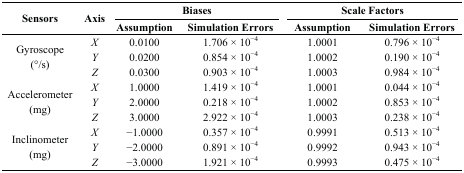
| <ROWSPAN=3> Sensors | <ROWSPAN=3> Axis | <COLSPAN=2> Biases | <COLSPAN=2> Scale Factors |
 | Assumption | Simulation Errors | Assumption | Simulation Errors |
 | --- | --- | --- | --- | --- | --- |
 | <ROWSPAN=3> Gyroscope (°/s) | X | 0.0100 | 1.706 × 10−4 | 1.0001 | 0.796 × 10−4 |
 | Y | 0.0200 | 0.854 × 10−4 | 1.0002 | 0.190 × 10−4 |
 | Z | 0.0300 | 0.903 × 10−4 | 1.0003 | 0.984 × 10−4 |
 | <ROWSPAN=3> Accelerometer (mg) | X | 1.0000 | 1.419 × 10−4 | 1.0001 | 0.044 × 10−4 |
 | Y | 2.0000 | 0.218 × 10−4 | 1.0002 | 0.853 × 10−4 |
 | Z | 3.0000 | 2.922 × 10−4 | 1.0003 | 0.238 × 10−4 |
 | <ROWSPAN=3> Inclinometer (mg) | X | −1.0000 | 0.357 × 10−4 | 0.9991 | 0.513 × 10−4 |
 | Y | −2.0000 | 0.891 × 10−4 | 0.9992 | 0.943 × 10−4 |
 | Z | −3.0000 | 1.921 × 10−4 | 0.9993 | 0.475 × 10−4 |